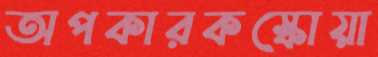
অপকারকস্কোয়া